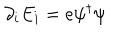
\partial _ { i } E _ { i } = e \psi ^ { \dagger } \psi